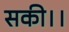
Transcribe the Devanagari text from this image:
सकी।।